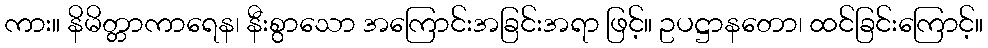
ကား။ နိမိတ္တာကာရေန၊ နီးစွာသော အကြောင်းအခြင်းအရာ ဖြင့်။ ဥပဋ္ဌာနတော၊ ထင်ခြင်းကြောင့်။